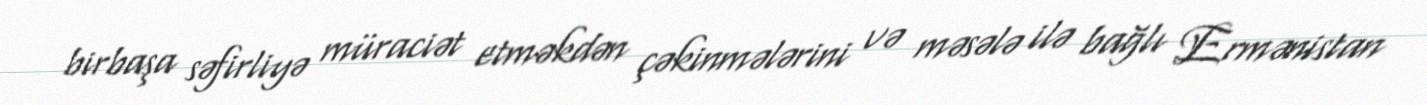
birbaşa səfirliyə müraciət etməkdən çəkinmələrini və məsələ ilə bağlı Ermənistan